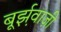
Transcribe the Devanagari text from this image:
बूर्झ़वाज़ी